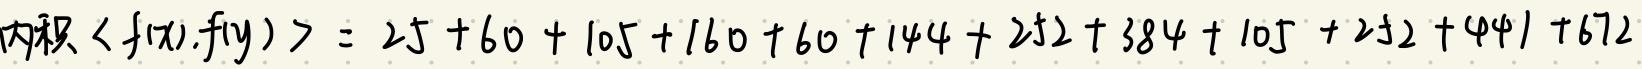
内积 $\langle f(x), f(y) \rangle = 25 + 60 + 105 + 160 + 60 + 144 + 252 + 384 + 105 + 252 + 441 + 672$